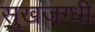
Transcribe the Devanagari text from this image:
सुखजग्धी